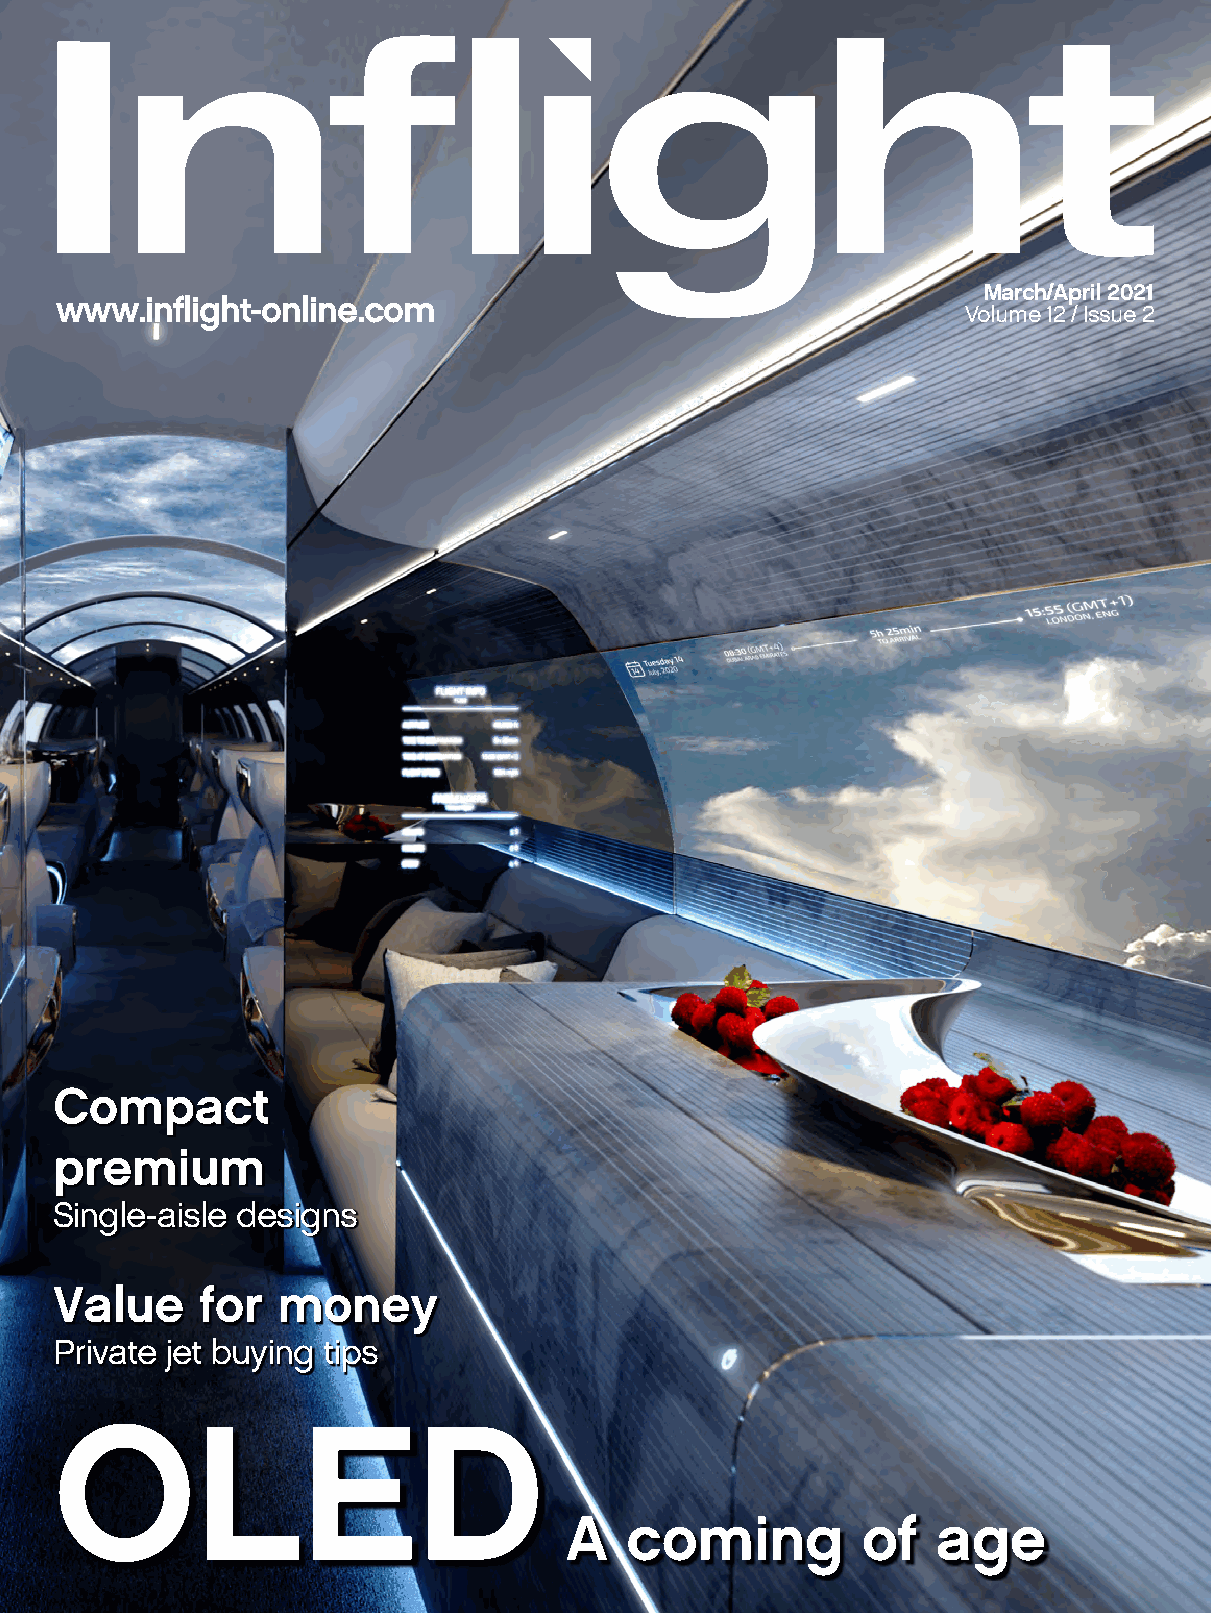
March/April 2021
 www.inflight-online.com
 Volume 12 / Issue 2
 Compact
 premium
 Single-aisle designs
 Value    for  money
 Private jet buying tips
 OLED
 A   coming          of   age